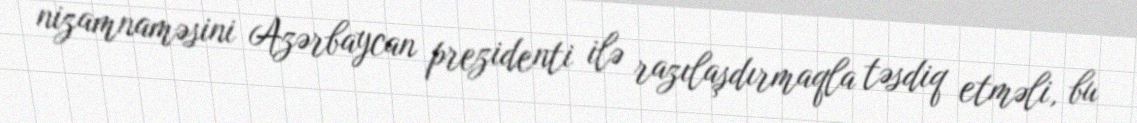
nizamnaməsini Azərbaycan prezidenti ilə razılaşdırmaqla təsdiq etməli, bu